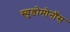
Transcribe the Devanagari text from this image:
स्युडोमोनॉस